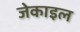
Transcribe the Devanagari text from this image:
जेकाइल